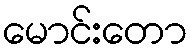
မောင်းတော